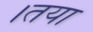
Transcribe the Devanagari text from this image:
।तया